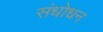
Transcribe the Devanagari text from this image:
संधोधन